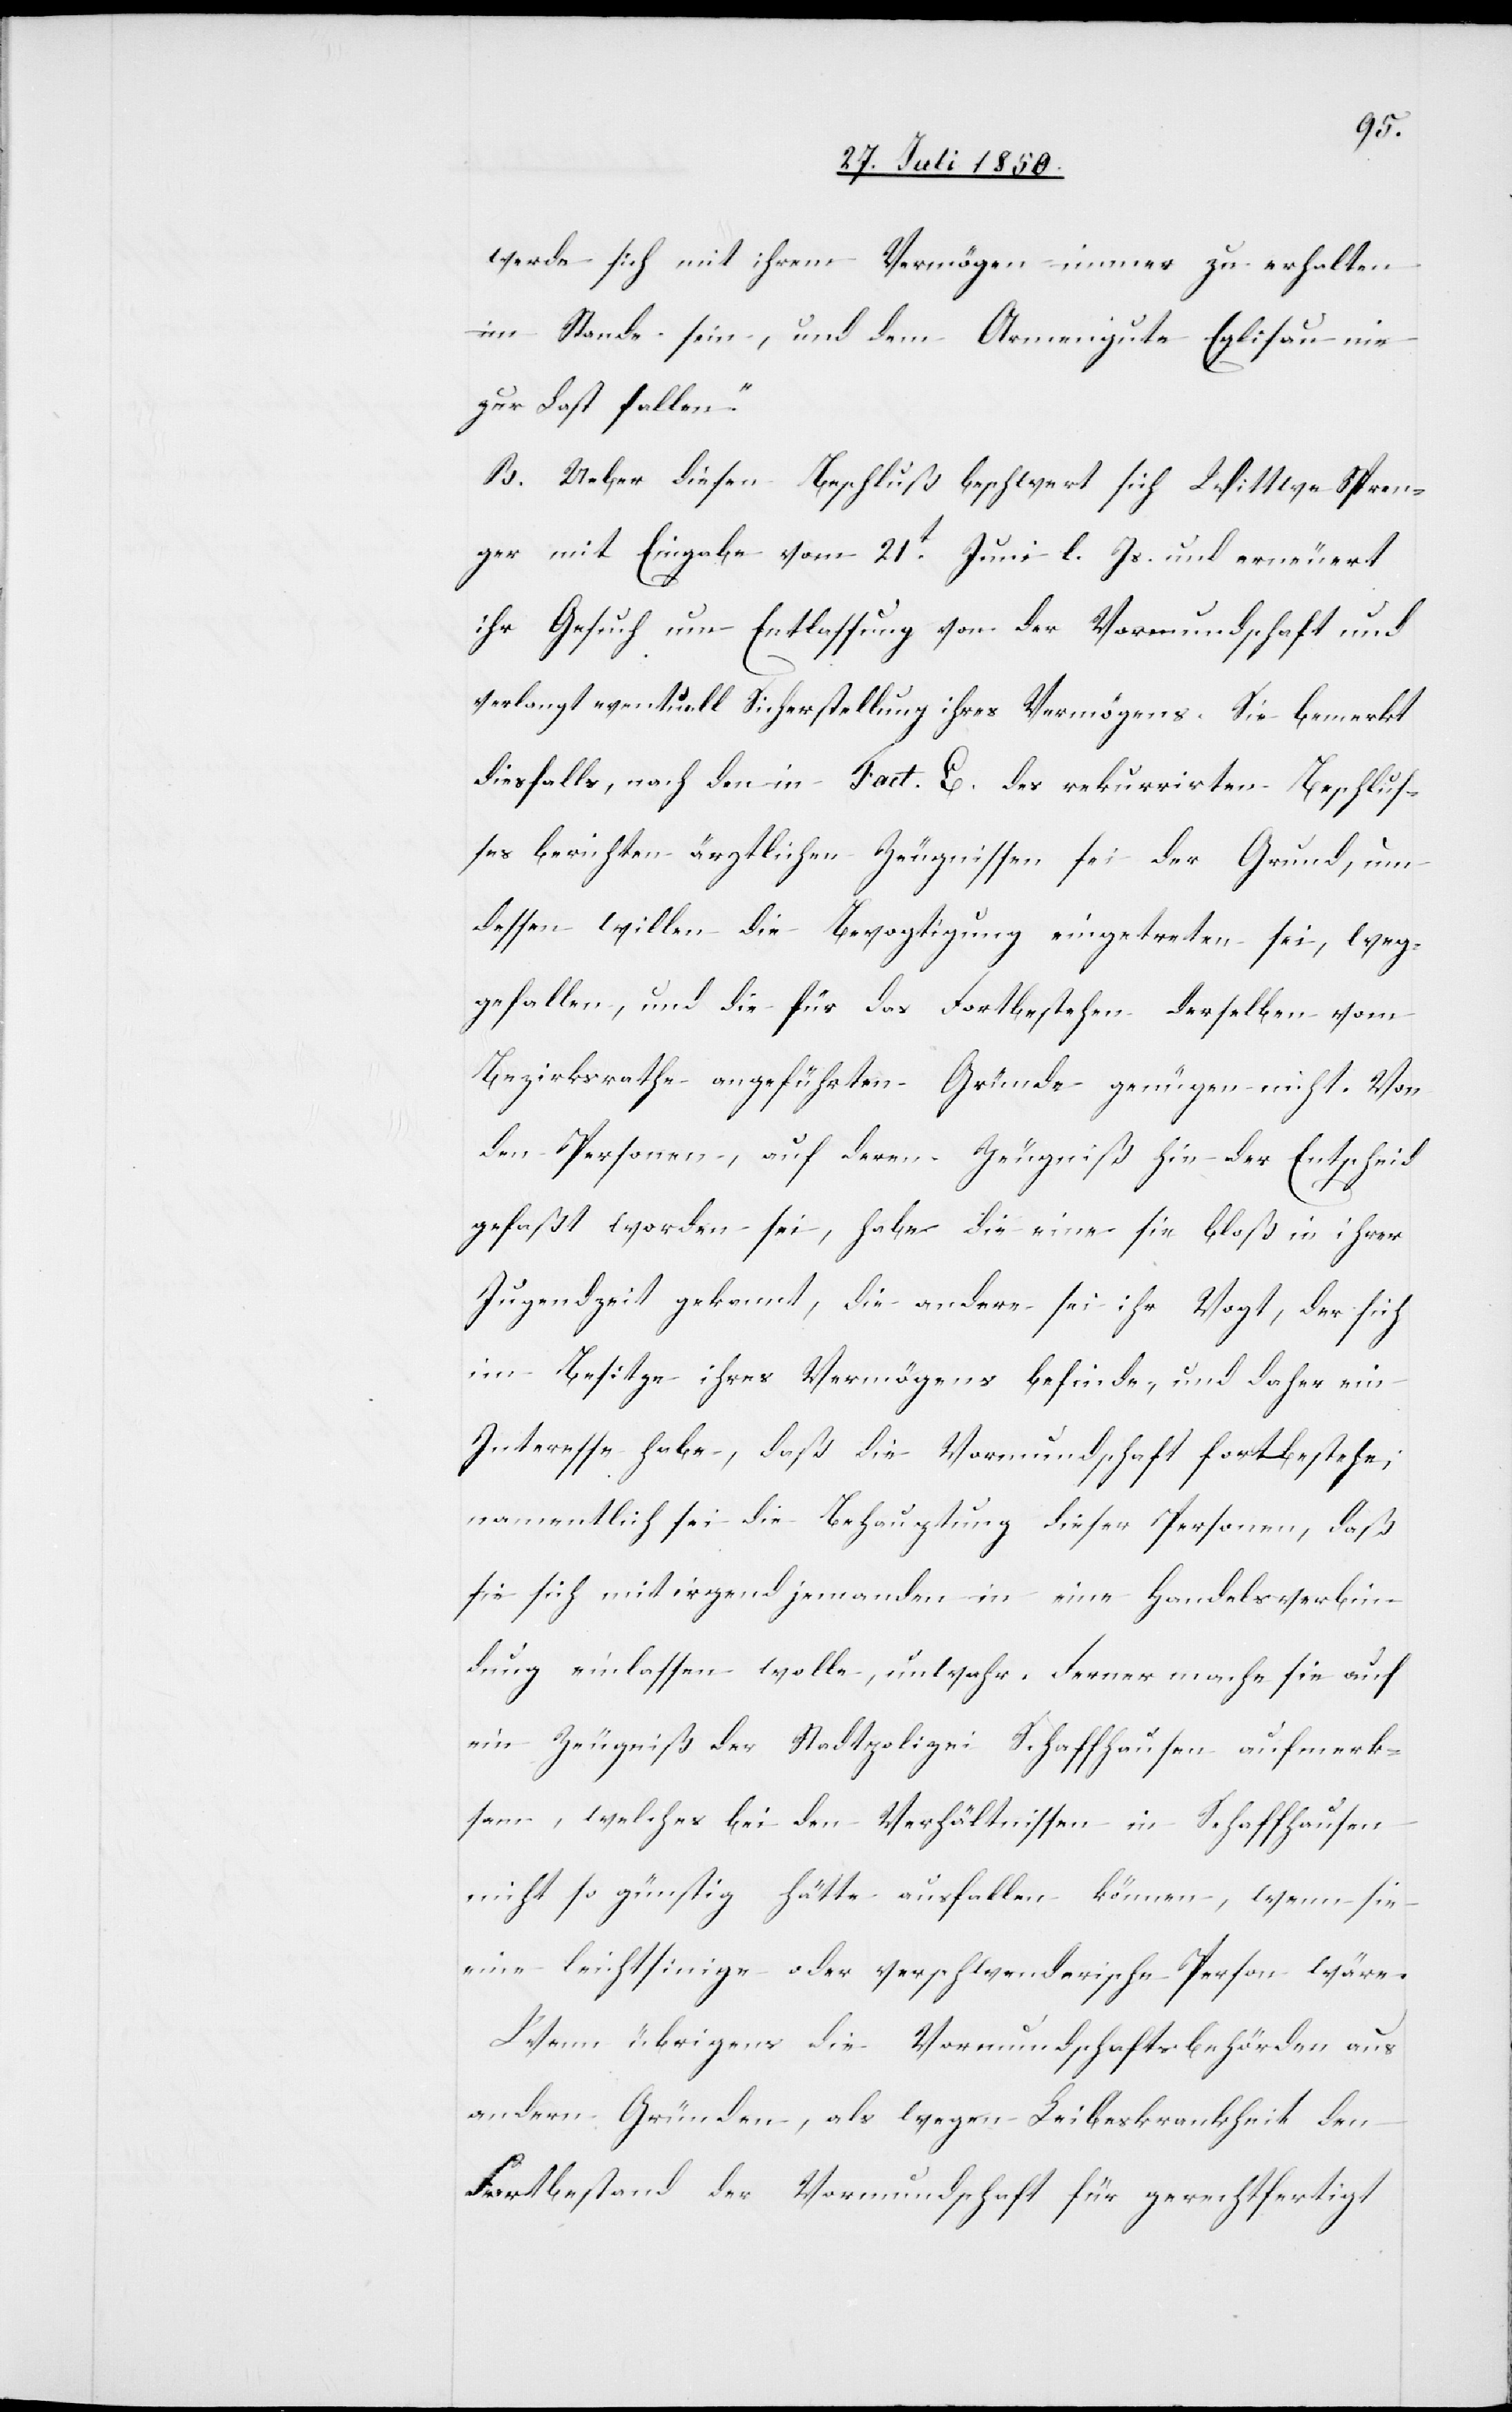
werde sich mit ihrem Vermögen immer zu erhalten
im Stande sein, und dem Armengute Eglisau nie
zur Last fallen.“
B. Ueber diesen Beschluß beschwert sich Wittwe Spren¬
ger mit Eingabe vom 21t Juni l. Js. und erneuert
ihr Gesuch um Entlassung von der Vormundschaft und
verlangt eventuell Sicherstellung ihres Vermögens. Sie bemerkt
diesfalls, nach den in Fact. E. des rekurrirten Beschlus¬
ses bericht[et]en ärztlichen Zeugnisse sei der Grund, um
dessen willen die Bevogtigung eingetreten sei, weg¬
gefallen, und die für das Fortbestehen derselben vom
Bezirksrathe angeführten Gründe genügen nicht. Von
den Personen, auf deren Zeugniß hin der Entscheid
gefaßt worden sei, habe die eine sie bloß in ihrer
Jugendzeit gekannt, die andere sei ihr Vogt, der sich
im Besitze ihres Vermögens befinde, und daher ein
Interesse habe, daß die Vormundschaft fortbestehe;
namentlich sei die Behauptung dieser Personen, daß
sie sich mit irgendjemanden in eine Handelsverbin¬
dung einlassen wolle, unwahr. Ferner mache sie auf
ein Zeugniß der Stadtpolizei Schaffhausen aufmerk¬
sam, welches bei den Verhältnissen in Schaffhausen
nicht so günstig hätte ausfallen können, wenn sie
eine leichtsinige [sic!] oder verschwenderische Person wäre.
Wenn übrigens die Vormundschaftsbehörden aus
andern Gründen, als wegen Leibeskrankheit den
Fortbestand der Vormundschaft für gerechtfertigt